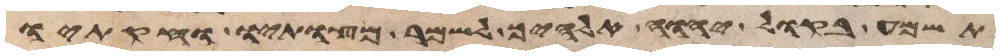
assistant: תשמע בקול יהוה אלהיך לשמר מצותיו וחקתיו